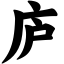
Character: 庐